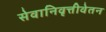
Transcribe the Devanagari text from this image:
सेवानिवृत्तीवेतन